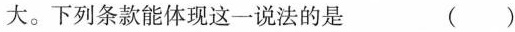
大。下列条款能体现这一说法的是 ()